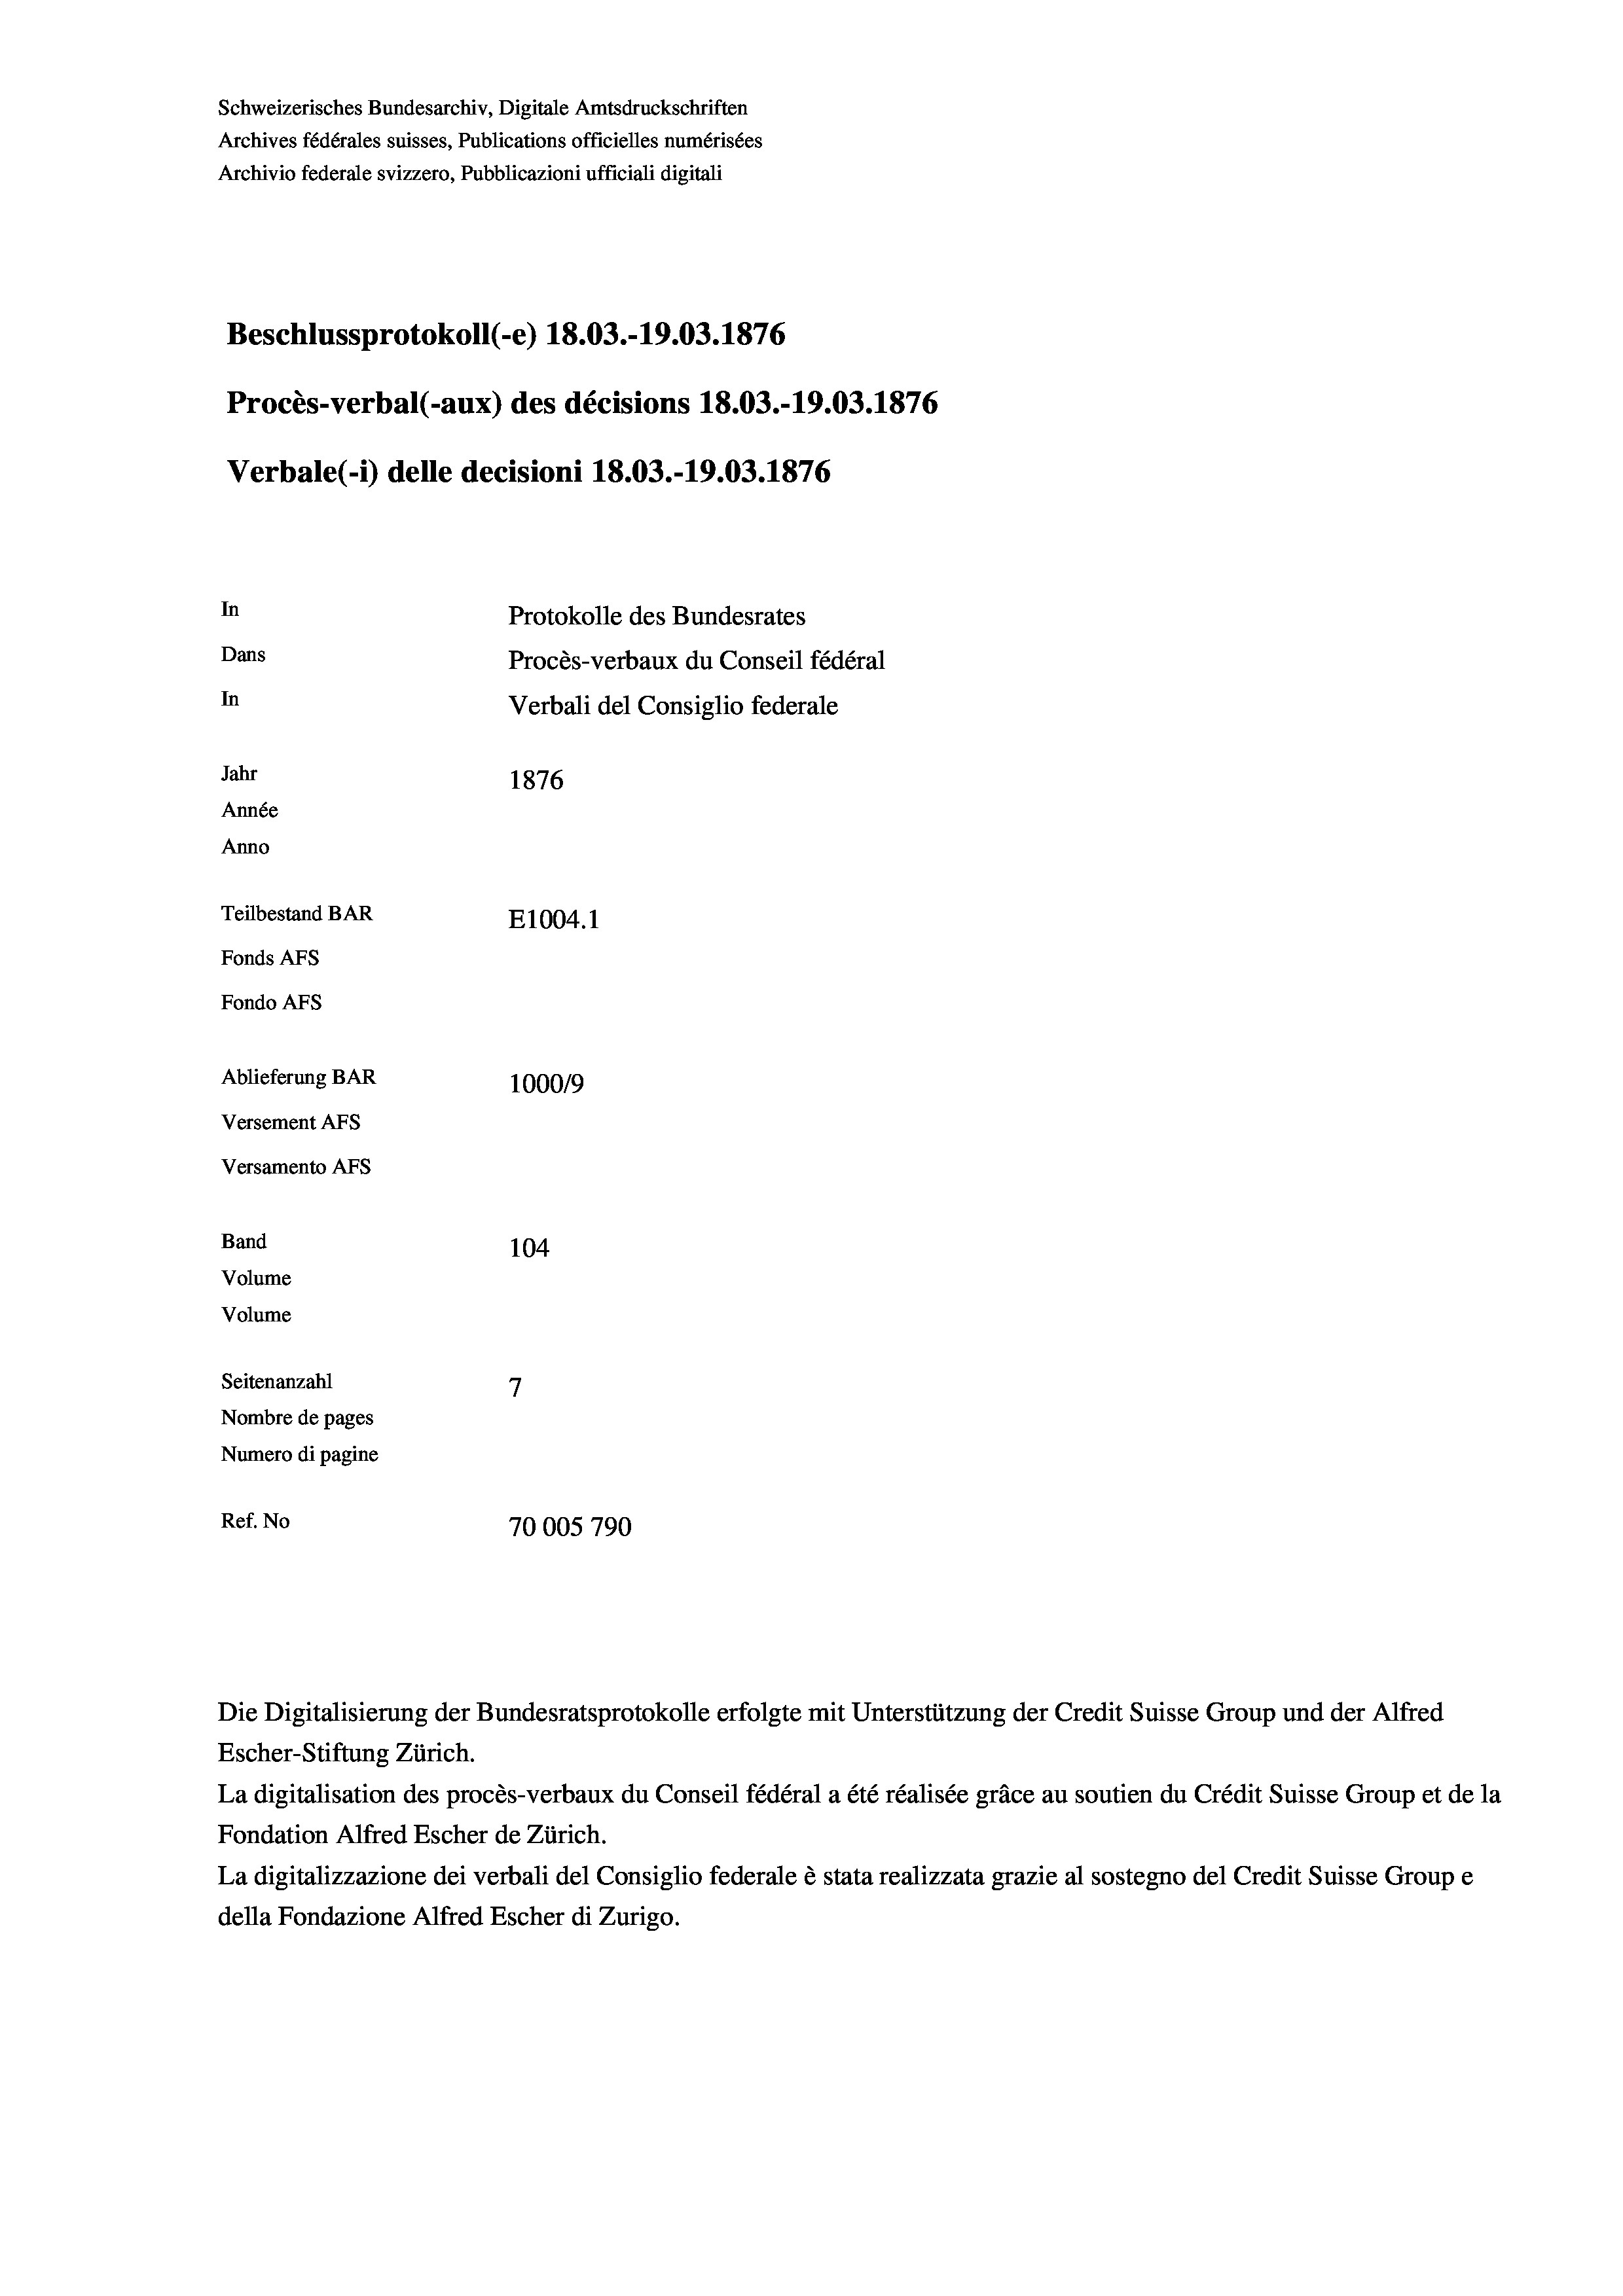
Schweizerisches Bundesarchiv, Digitale Amtsdruckschriften
Archives fédérales suisses, Publications officielles numérisées
Archivio federale svizzero, Pubblicazioni ufficiali digitali
Beschlussprotokoll (-e) 18.03.-19.03. 1876
Procès-verbal (-aux) des décisions 18.03.-19.03. 1876
Verbale (i) delle decisioni 18.03.-19.03. 1876
In
Protokolle des Bundesrates
Dans
Procès-verbaux du Conseil fédéral
In
Verbali del Consiglio federale
Jahr
1876
Année
Anno
Teilbestand BAR
E1004. 1
Fonds AFs
Fondo Afs
Ablieferung BAR
100019
Versement AFs
Versamento Afs
Band
104
Volume
Volume
Seitenanzahl
Nombre de pages
Numero di pagine
Ref. No
70005 790

Die Digitalisierung der Bundesratsprotokolle erfolgte mit Unterstützung der Credit Suisse Group und der Alfred
Escher-Stiftung Zürich.
La digitalisation des procès-verbaux du Conseil fédéral a été réalisée gräce au soutien du Crédit Suisse Group et de la
Fondation Alfred Escher de Zürich.
La digitalizzazione dei verbali del Consiglio federale è stata realizzata grazie al sostegno del Credit Suisse Groupe
della Fondazione Alfred Escher di Zurigo.